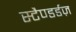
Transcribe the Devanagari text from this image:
स्टैण्डर्डज़